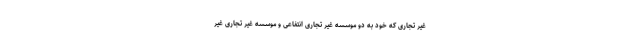
غیر تجاری که خود به دو موسسه غیر تجاری انتفاعی و موسسه غیر تجاری غیر